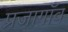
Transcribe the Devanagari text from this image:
प्रजागाँव